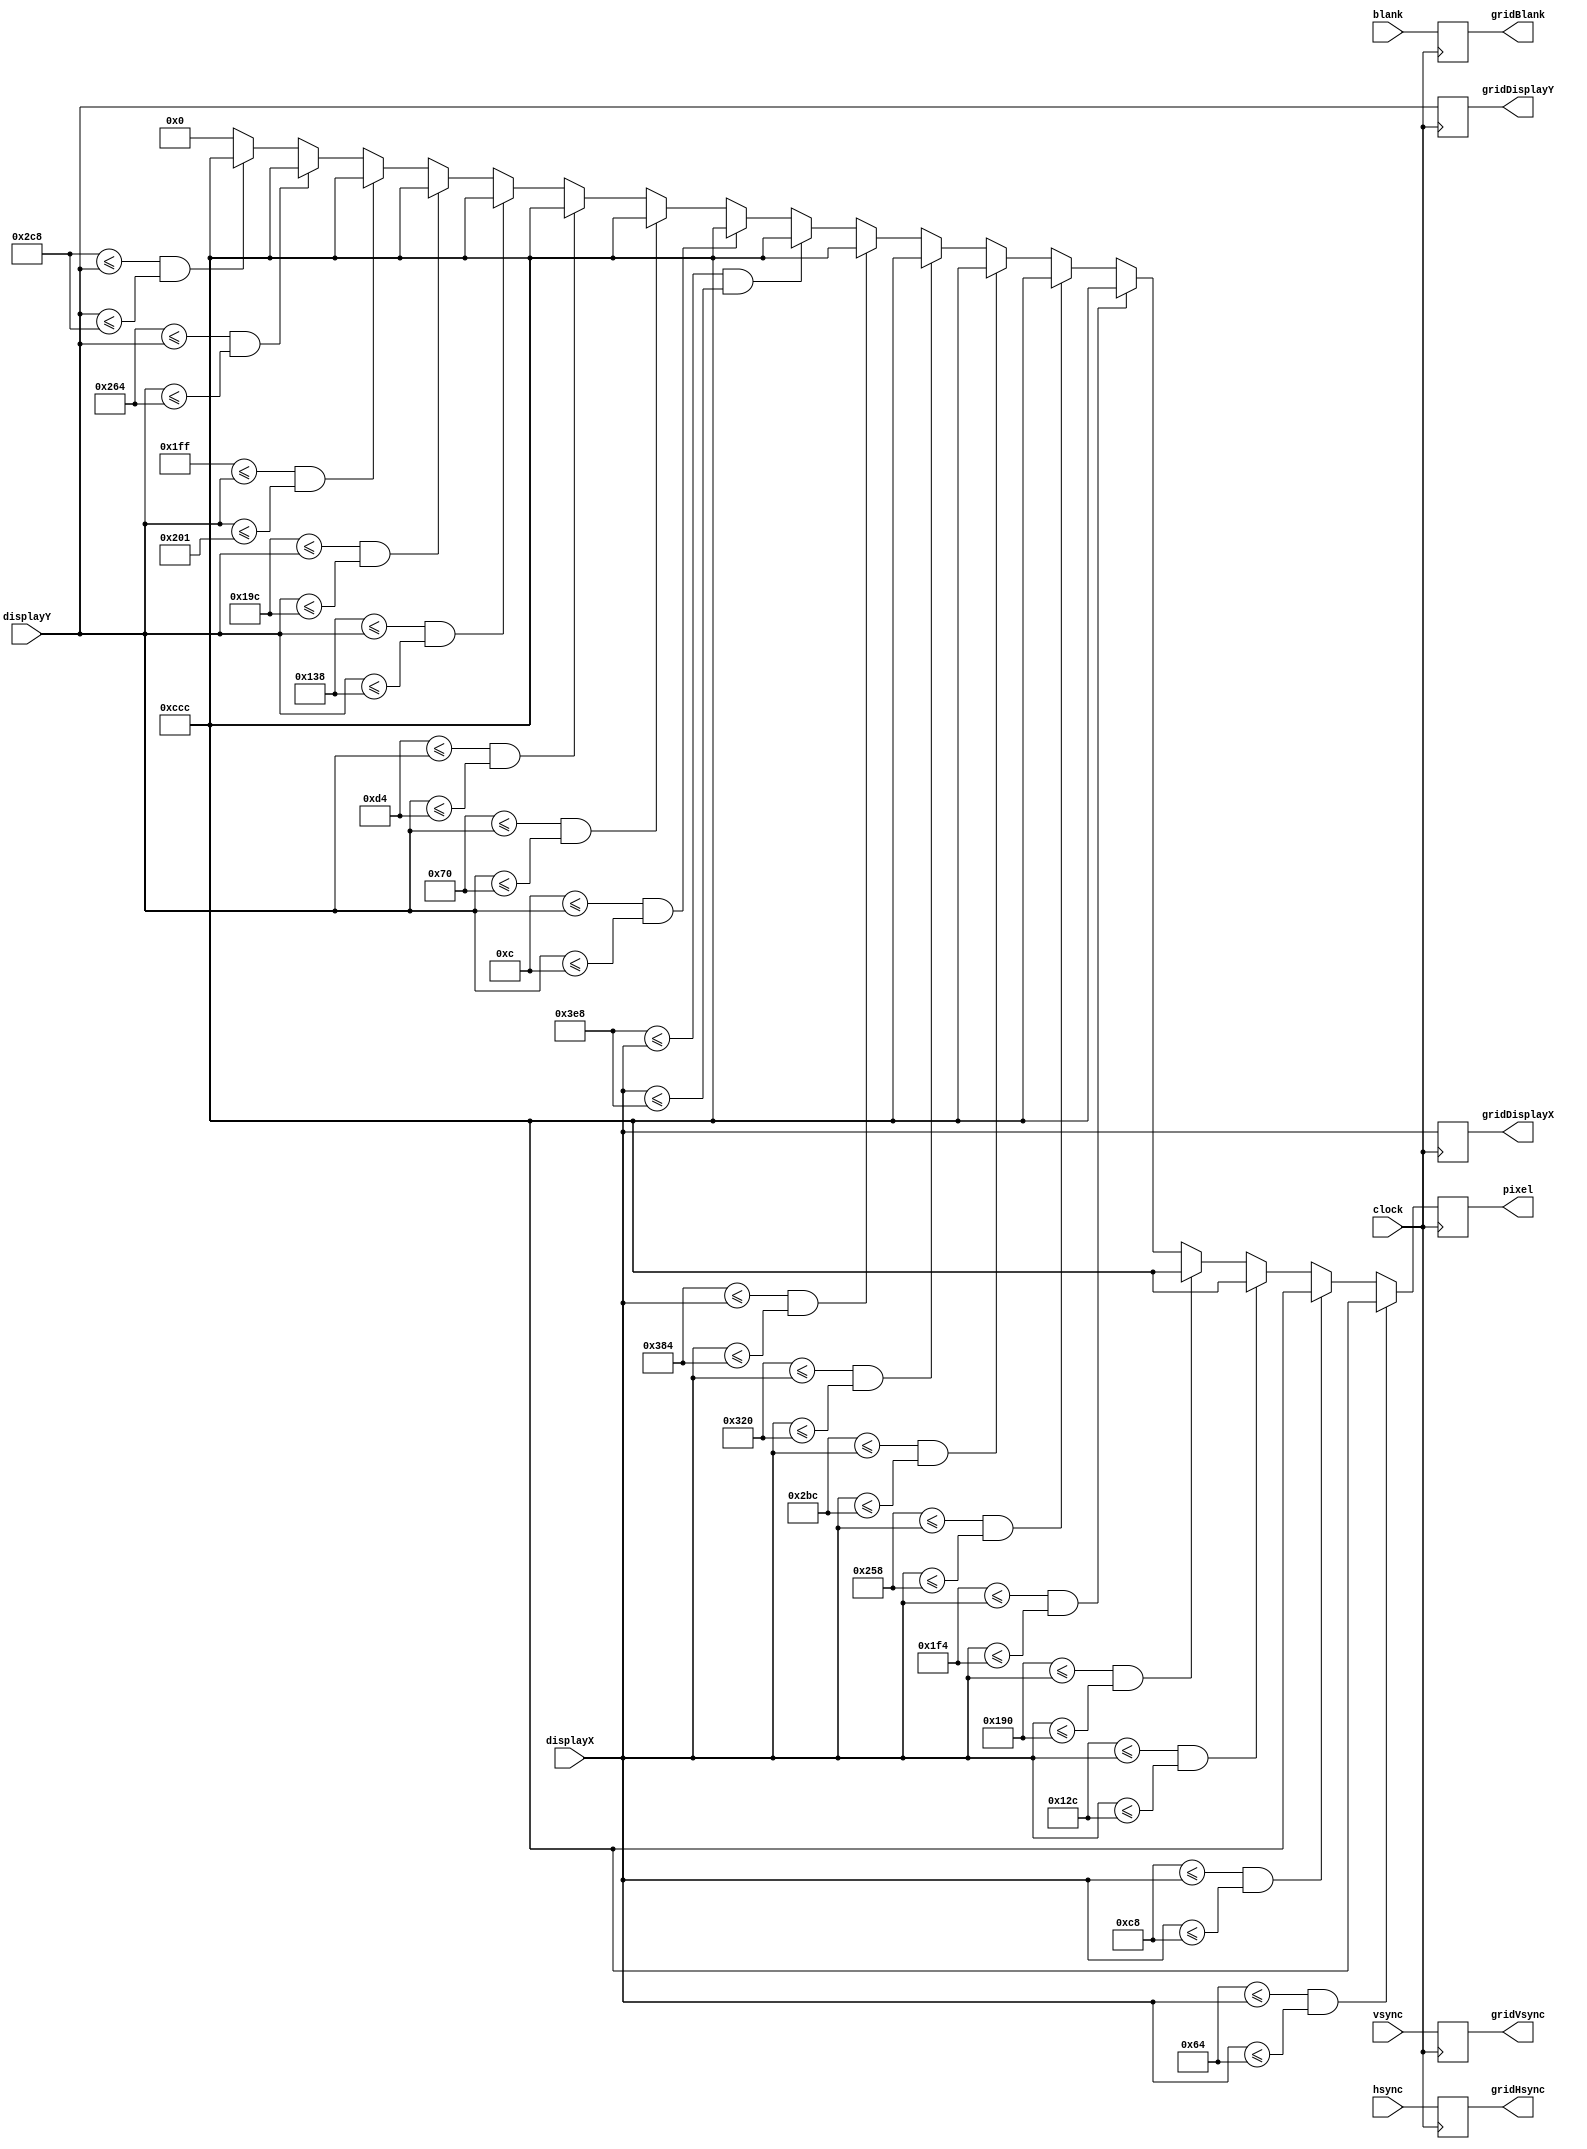
`timescale 1ns / 1ps


module Grid
    #(parameter //HORIZONTAL_PIXELS_PER_DIVISION = 100,
                //VERTICAL_PIXELS_PER_DIVISION = 100,
                //DISPLAY_WIDTH = 1280,
                //DISPLAY_HEIGHT = 1024,
                //HEIGHT_ZERO_PIXEL = DISPLAY_HEIGHT/2,
                DISPLAY_X_BITS = 12,
                DISPLAY_Y_BITS = 12,
                GRID_COLOR = 12'hCCC,    //grey
                COLOR_PIXELS = 12,
                ADDITIONAL_LINE_PIXELS = 0,
                ADDITIONAL_ZERO_LINE_PIXELS = 1)
    (input clock,
    input [DISPLAY_X_BITS-1:0] displayX,
    input [DISPLAY_Y_BITS-1:0] displayY,
    input hsync,
    input vsync,
    input blank,
    output reg [DISPLAY_X_BITS-1:0] gridDisplayX,
    output reg [DISPLAY_X_BITS-1:0] gridDisplayY,
    output reg gridHsync,
    output reg gridVsync,
    output reg gridBlank,
    output reg [COLOR_PIXELS-1:0] pixel);
    
    always @(posedge clock) begin
        
        // draw horizontal grid lines
        if ((100 - ADDITIONAL_LINE_PIXELS) <= displayX && displayX <= (100 + ADDITIONAL_LINE_PIXELS)) begin
            pixel <= GRID_COLOR;
        end else if ((200 - ADDITIONAL_LINE_PIXELS) <= displayX && displayX <= (200 + ADDITIONAL_LINE_PIXELS)) begin
            pixel <= GRID_COLOR;
        end else if ((300 - ADDITIONAL_LINE_PIXELS) <= displayX && displayX <= (300 + ADDITIONAL_LINE_PIXELS)) begin
            pixel <= GRID_COLOR;
        end else if ((400 - ADDITIONAL_LINE_PIXELS) <= displayX && displayX <= (400 + ADDITIONAL_LINE_PIXELS)) begin
            pixel <= GRID_COLOR;
        end else if ((500 - ADDITIONAL_LINE_PIXELS) <= displayX && displayX <= (500 + ADDITIONAL_LINE_PIXELS)) begin
            pixel <= GRID_COLOR;
        end else if ((600 - ADDITIONAL_LINE_PIXELS) <= displayX && displayX <= (600 + ADDITIONAL_LINE_PIXELS)) begin
            pixel <= GRID_COLOR;
        end else if ((700 - ADDITIONAL_LINE_PIXELS) <= displayX && displayX <= (700 + ADDITIONAL_LINE_PIXELS)) begin
            pixel <= GRID_COLOR;
        end else if ((800 - ADDITIONAL_LINE_PIXELS) <= displayX && displayX <= (800 + ADDITIONAL_LINE_PIXELS)) begin
            pixel <= GRID_COLOR;
        end else if ((900 - ADDITIONAL_LINE_PIXELS) <= displayX && displayX <= (900 + ADDITIONAL_LINE_PIXELS)) begin
            pixel <= GRID_COLOR;
        end else if ((1000 - ADDITIONAL_LINE_PIXELS) <= displayX && displayX <= (1000 + ADDITIONAL_LINE_PIXELS)) begin
            pixel <= GRID_COLOR;
//        end else if ((1100 - ADDITIONAL_LINE_PIXELS) <= displayX && displayX <= (1100 + ADDITIONAL_LINE_PIXELS)) begin
//            pixel <= GRID_COLOR;
//        end else if ((1200 - ADDITIONAL_LINE_PIXELS) <= displayX && displayX <= (1200 + ADDITIONAL_LINE_PIXELS)) begin
//             pixel <= GRID_COLOR;
        
        // draw vertical grid lines
        end else if ((12 - ADDITIONAL_LINE_PIXELS) <= displayY && displayY <= (12 + ADDITIONAL_LINE_PIXELS)) begin
            pixel <= GRID_COLOR;
        end else if ((112 - ADDITIONAL_LINE_PIXELS) <= displayY && displayY <= (112 + ADDITIONAL_LINE_PIXELS)) begin
            pixel <= GRID_COLOR;
        end else if ((212 - ADDITIONAL_LINE_PIXELS) <= displayY && displayY <= (212 + ADDITIONAL_LINE_PIXELS)) begin
            pixel <= GRID_COLOR;
        end else if ((312 - ADDITIONAL_LINE_PIXELS) <= displayY && displayY <= (312 + ADDITIONAL_LINE_PIXELS)) begin
            pixel <= GRID_COLOR;
        end else if ((412 - ADDITIONAL_LINE_PIXELS) <= displayY && displayY <= (412 + ADDITIONAL_LINE_PIXELS)) begin
            pixel <= GRID_COLOR;
        end else if ((512 - ADDITIONAL_ZERO_LINE_PIXELS) <= displayY && displayY <= (512 + ADDITIONAL_ZERO_LINE_PIXELS)) begin
            pixel <= GRID_COLOR;
        end else if ((612 - ADDITIONAL_LINE_PIXELS) <= displayY && displayY <= (612 + ADDITIONAL_LINE_PIXELS)) begin
            pixel <= GRID_COLOR;
        end else if ((712 - ADDITIONAL_LINE_PIXELS) <= displayY && displayY <= (712 + ADDITIONAL_LINE_PIXELS)) begin
            pixel <= GRID_COLOR;
//        end else if ((812 - ADDITIONAL_LINE_PIXELS) <= displayY && displayY <= (812 + ADDITIONAL_LINE_PIXELS)) begin
//            pixel <= GRID_COLOR;
//        end else if ((912 - ADDITIONAL_LINE_PIXELS) <= displayY && displayY <= (912 + ADDITIONAL_LINE_PIXELS)) begin
//            pixel <= GRID_COLOR;
//        end else if ((1012 - ADDITIONAL_LINE_PIXELS) <= displayY && displayY <= (1012 + ADDITIONAL_LINE_PIXELS)) begin
//            pixel <= GRID_COLOR;
        end else begin
            pixel <= 12'h000;
        end
        
        // forward VGA signals to next module
        gridDisplayX <= displayX;
        gridDisplayY <= displayY;
        gridHsync <= hsync;
        gridVsync <= vsync;
        gridBlank <= blank;
        
    end
    
endmodule